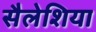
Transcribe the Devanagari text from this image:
सैलेशिया